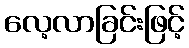
လေ့လာခြင်းဖြင့်